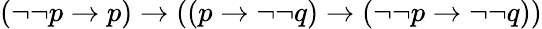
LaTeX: (\neg\neg p\to p)\to((p\to\neg\neg q)\to(\neg\neg p\to\neg\neg q))